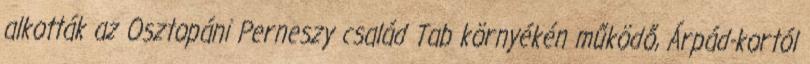
alkották az Osztopáni Perneszy család Tab környékén működő, Árpád-kortól